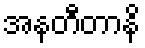
အနတီတာနိ